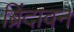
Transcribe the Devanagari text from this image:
ब्रिंदावन